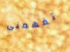
تفهمنى